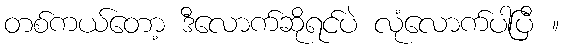
တစ်ကယ်တော့ ဒီလောက်ဆိုရင်ပဲ လုံလောက်ပါပြီ ။